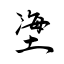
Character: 塰